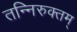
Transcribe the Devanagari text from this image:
तन्निरुक्तम्